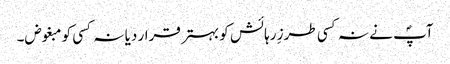
آپؐ نے نہ کسی طرزِ رہائش کو بہتر قرار دیا نہ کسی کو مبغوض۔